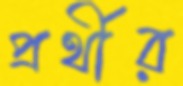
প্রর্থীর